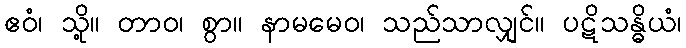
ဧဝံ၊ သို့။ တာဝ၊ စွာ။ နာမမေဝ၊ သည်သာလျှင်။ ပဋိသန္ဓိယံ၊